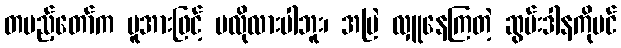
တပည့်တော်က မူအားဖြင့် မလိုလားပါဘူး၊ အမြဲ လှူနေကြတဲ့ ဆွမ်းဒါနကိုပင်